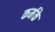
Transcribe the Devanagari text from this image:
कर्मके